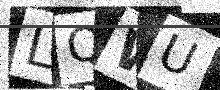
Text: LQWU